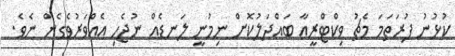
ކުޅުނު ފުރަތަމަ މެޗު ވިކްޓްރީއާ ބައްދަލުކޮށް ނިމުނީ ލަނޑެއް ނުޖެހި އެއްވަރުވެގެން ނެވެ.